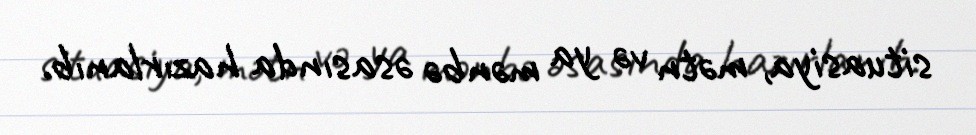
situasiya, mətn və ya mənbə əsasında hazırlanıb.